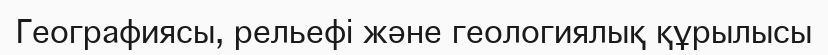
Географиясы, рельефі және геологиялық құрылысы